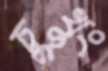
চুখুং